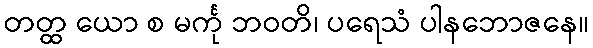
တတ္ထ ယော စ မင်္ကု ဘဝတိ၊ ပရေသံ ပါနဘောဇနေ။